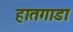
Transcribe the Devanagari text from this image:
हातगाडा